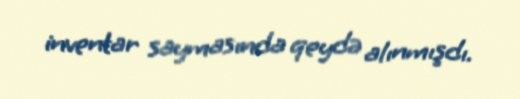
inventar saymasında qeydə alınmışdı.